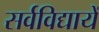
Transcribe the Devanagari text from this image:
सर्वविद्यायें